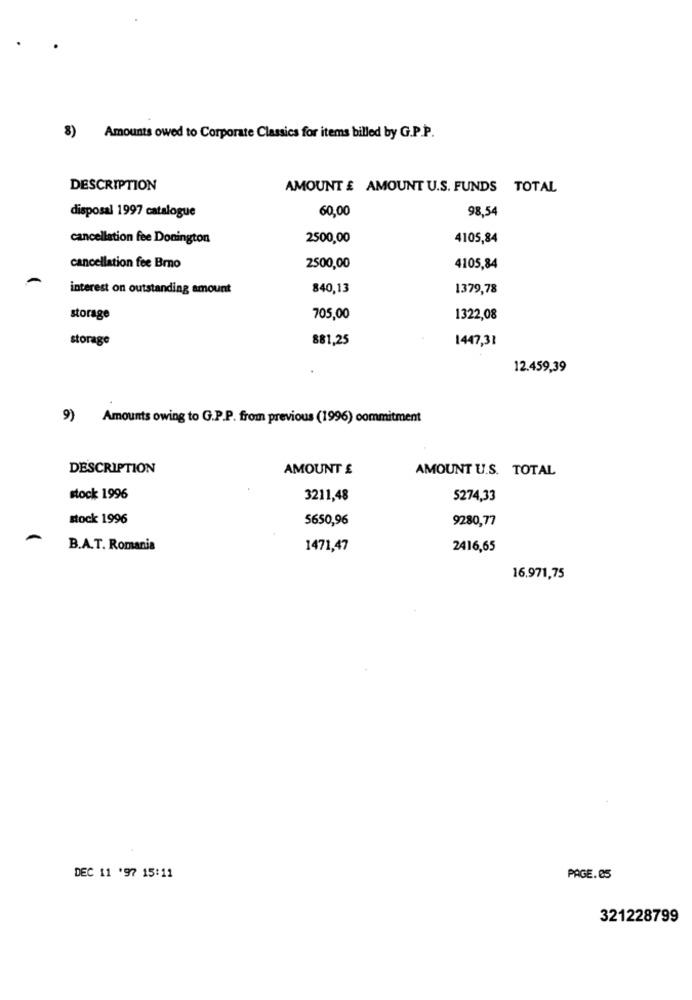
8) Amounts owed to Corporate Classics for items billed by G.P.P.
DESCRIPTION
AMOUNT £ AMOUNT U.S. FUNDS TOTAL
60,00
98,54
disposal 1997 catalogue
cancellation fee Donington
2500,00
4105,84
cancellation fee Brno
2500,00
4105,84
interest on outstanding amount
840,13
1379,78
storage
705,00
1322,08
storage
881,25
1447,31
12.459,39
9) Amounts owing to G.P.P. from previous (1996) commitment
DESCRIPTION
AMOUNT £
AMOUNT U.S. TOTAL
stock 1996
3211,48
5274,33
stock 1996
5650,96
9280,77
B.A.T. Romania
1471,47
2416,65
16.971,75
DEC 11 '97 15:11
PAGE.ES
321228799